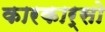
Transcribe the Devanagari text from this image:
कारकार्सो